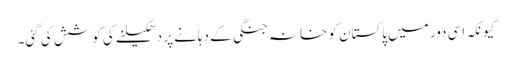
کیونکہ اسی دور میں پاکستان کو خانہ جنگی کے دہانے پر دھکیلنے کی کوشش کی گئی۔